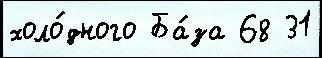
холо́дного Ба́за 68 31